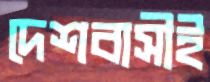
দেশবাসীই